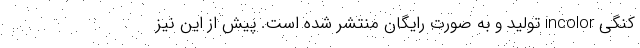
کنگی incolor تولید و به صورت رایگان منتشر شده است. پیش از این نیز